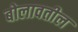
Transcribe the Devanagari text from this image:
बोलावतील